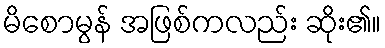
မိစောမွန် အဖြစ်ကလည်း ဆိုး၏။